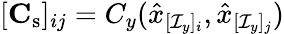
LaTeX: [\mathbf{C}_{\mathrm{s}}]_{ij}=C_{y}(\hat{x}_{[\mathcal{I}_{y}]_{i}},\hat{x}_{[\mathcal{I}_{y}]_{j}})